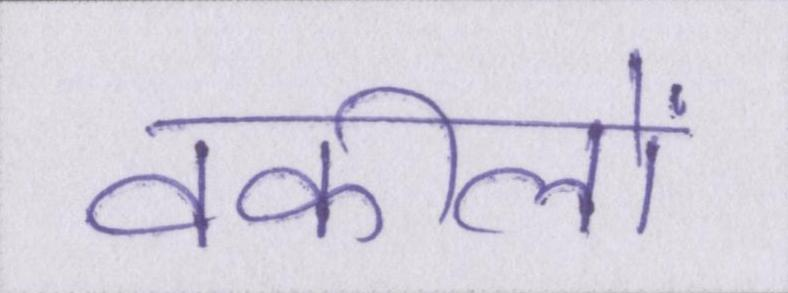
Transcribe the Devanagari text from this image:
वकीलों